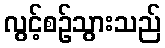
လွင့်စဉ်သွားသည်